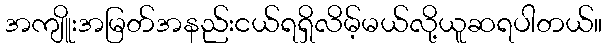
အကျိူးအမြတ်အနည်းငယ်ရရှိလိမ့်မယ်လို့ယူဆရပါတယ်။